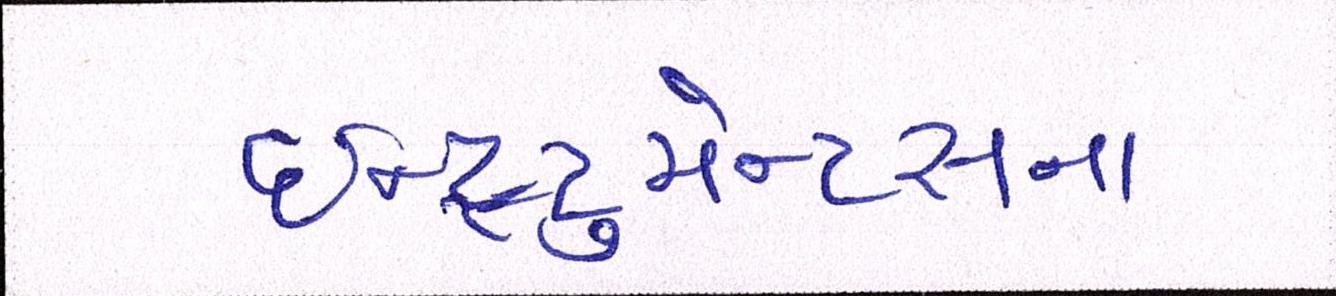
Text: ઇન્સ્ટ્રુમેન્ટસના